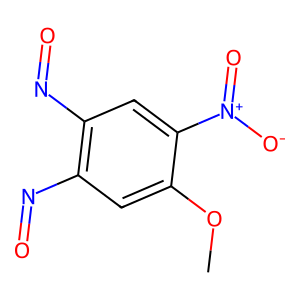
SMILES: COc1cc(N=O)c(N=O)cc1[N+](=O)[O-]
Inhibits HIV replication: No